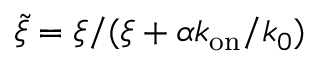
\tilde { \xi } = \xi / ( \xi + \alpha k _ { \mathrm { o n } } / k _ { 0 } )